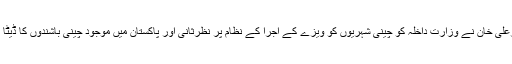
وفاقی وزیرداخلہ چوہدری نثارعلی خان نے وزارت داخلہ کو چینی شہریوں کو ویزے کے اجرا کے نظام پر نظرثانی اور پاکستان میں موجود چینی باشندوں کا ڈیٹا بینک بنانے کا حکم دیدیا ہے ۔